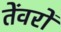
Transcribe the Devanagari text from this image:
तेंवरों